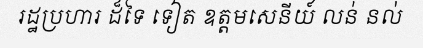
រដ្ឋប្រហារ ដ៏ទៃ ទៀត ឧត្តមសេនីយ៍ លន់ នល់